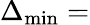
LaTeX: \Delta_{\operatorname*{min}}=